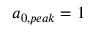
a _ { 0 , p e a k } = 1